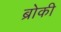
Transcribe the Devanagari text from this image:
ब्रोकी